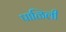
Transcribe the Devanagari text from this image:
पाळिली